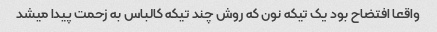
واقعا افتضاح بود یک تیکه نون که روش چند تیکه کالباس به زحمت پیدا میشد